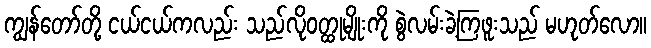
ကျွန်တော်တို့ ငယ်ငယ်ကလည်း သည်လိုဝတ္ထုမျိုးကို စွဲလမ်းခဲ့ကြဖူးသည် မဟုတ်လော။